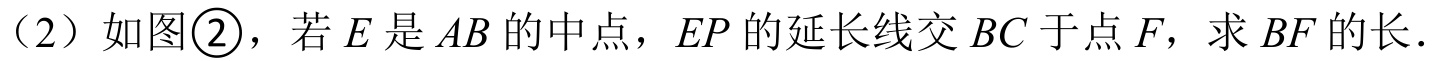
（2）如图\textcircled{2}，若\(E\)是\(AB\)的中点，\(EP\)的延长线交\(BC\)于点\(F\)，求\(BF\)的长.